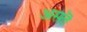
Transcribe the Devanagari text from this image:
असतॆ